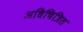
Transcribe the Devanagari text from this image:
अधिचित्रित